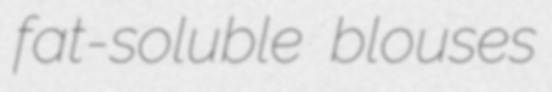
fat-soluble blouses